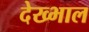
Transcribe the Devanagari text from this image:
देख्भाल